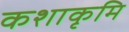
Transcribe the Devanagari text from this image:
कशाकृमि